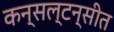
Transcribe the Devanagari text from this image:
कन्सल्टन्सीत